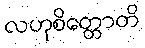
လဟုစိတ္တောတိ